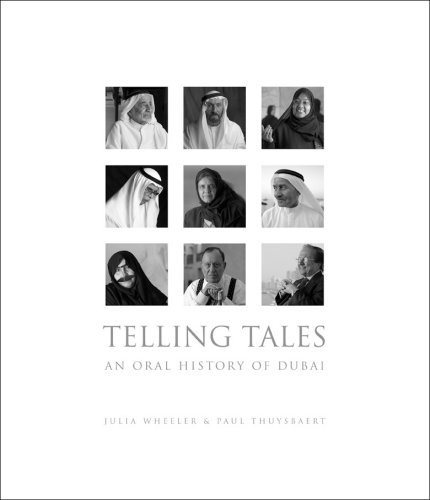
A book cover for Telling Tales : An Oral History of Dubai; Julia Wheeler; History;